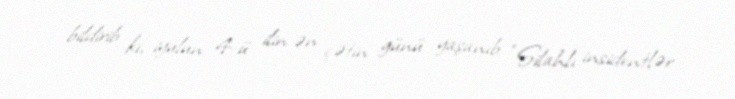
bildirib ki, iyulun 4-ü ilin ən çətin günü yaşanıb: “Silahlı insidentlər